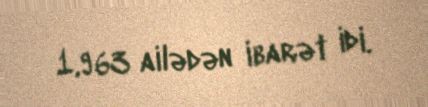
1,963 ailədən ibarət idi.